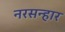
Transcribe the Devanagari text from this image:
नरसन्हार